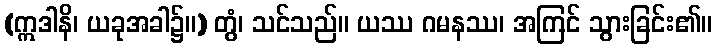
(ဣဒါနိ၊ ယခုအခါ၌။) တွံ၊ သင်သည်။ ယဿ ဂမနဿ၊ အကြင် သွားခြင်း၏။